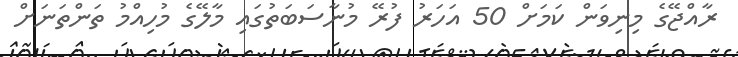
ރާއްޖޭގެ މިނިވަން ކަމަށް 50 އަހަރު ފުރޭ މުނާސަބަތުގައި މާލޭގެ މުހިއްމު ތަންތަނަށް